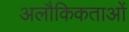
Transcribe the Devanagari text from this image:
अलौकिकताओं